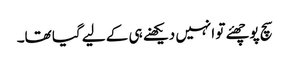
سچ پوچھئے تو انہیں دیکھنے ہی کے لیے گیا تھا۔